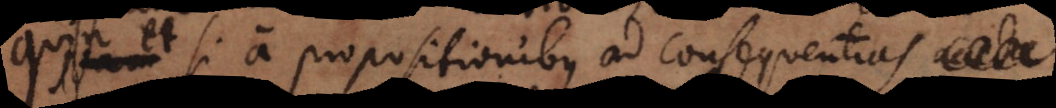
et si a propositionibus ad consequentias acceda